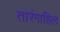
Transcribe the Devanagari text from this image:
तारंगाहिल